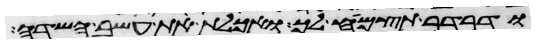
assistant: ודרדר תצמיח לך ואכלת את עשב השדה